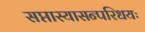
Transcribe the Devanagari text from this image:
सप्तास्यासन्परिधयः